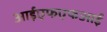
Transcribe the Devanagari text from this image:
आईएफएफआई